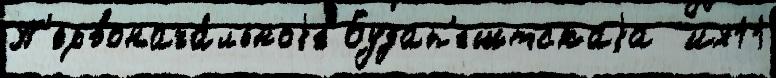
П'ервонача́льноjе Будап'ештскаjа  их11